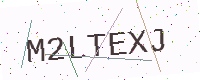
Text: M2LTEXJ